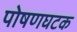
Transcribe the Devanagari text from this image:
पोषणघटक